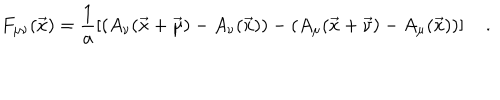
LaTeX: F _ { \mu \nu } ( \vec { x } ) = \frac { 1 } { a } \left[ ( A _ { \nu } ( \vec { x } + \vec { \mu } ) - A _ { \nu } ( \vec { x } ) ) - ( A _ { \mu } ( \vec { x } + \vec { \nu } ) - A _ { \mu } ( \vec { x } ) ) \right] \quad .